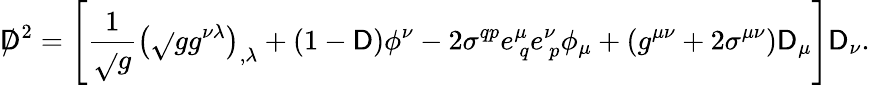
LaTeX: \mathsf{D}\! \! \! \! /^{~2}=\left[{\frac{{1}}{{\sqrt{}{g}}}}\left({\sqrt{}{g}}g^{\nu\lambda}\right)_{,\lambda}+(1-{\cal\mathsf{D}})\phi^{\nu}-2\sigma^{qp}e_{~q}^{\mu}e_{~p}^{\nu}\phi_{\mu}+\left(g^{\mu\nu}+2\sigma^{\mu\nu}\right)\mathsf{D}_{\mu}\right]\mathsf{D}_{\nu}.